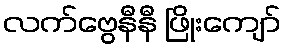
လက်ဗွေနီနီ ဖြိုးကျော်